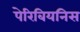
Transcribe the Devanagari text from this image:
पेरिबियनिस